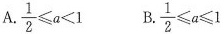
A. $$\frac{1}{2} \leqslant a<1$$ B. $$\frac{1}{2} \leqslant a \leqslant 1$$